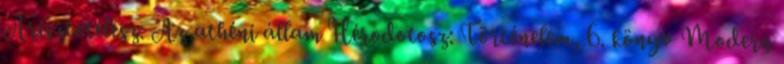
Arisztotelész: Az athéni állam Hérodotosz: Történelem, 6. könyv Modern